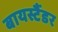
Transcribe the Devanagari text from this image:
बायस्टैंडर